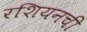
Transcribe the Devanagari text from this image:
रशियनची